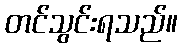
တင်သွင်းရသည်။